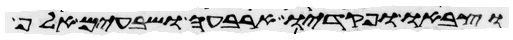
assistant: וצבאו ופקדיו ארבעה ושבעים אלף